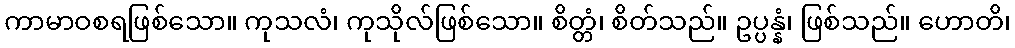
ကာမာဝစရဖြစ်သော။ ကုသလံ၊ ကုသိုလ်ဖြစ်သော။ စိတ္တံ၊ စိတ်သည်။ ဥပ္ပန္နံ၊ ဖြစ်သည်။ ဟောတိ၊